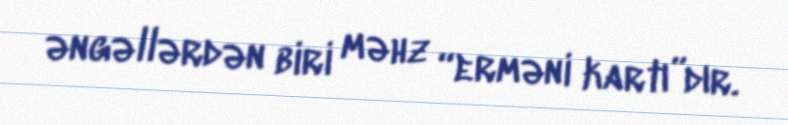
əngəllərdən biri məhz “erməni kartı”dır.